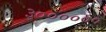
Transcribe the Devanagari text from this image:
३००००००